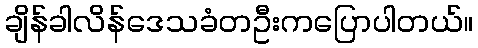
ချိန်ခါလိန်ဒေသခံတဦးကပြောပါတယ်။